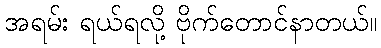
အရမ်း ရယ်ရလို့ ဗိုက်တောင်နာတယ်။